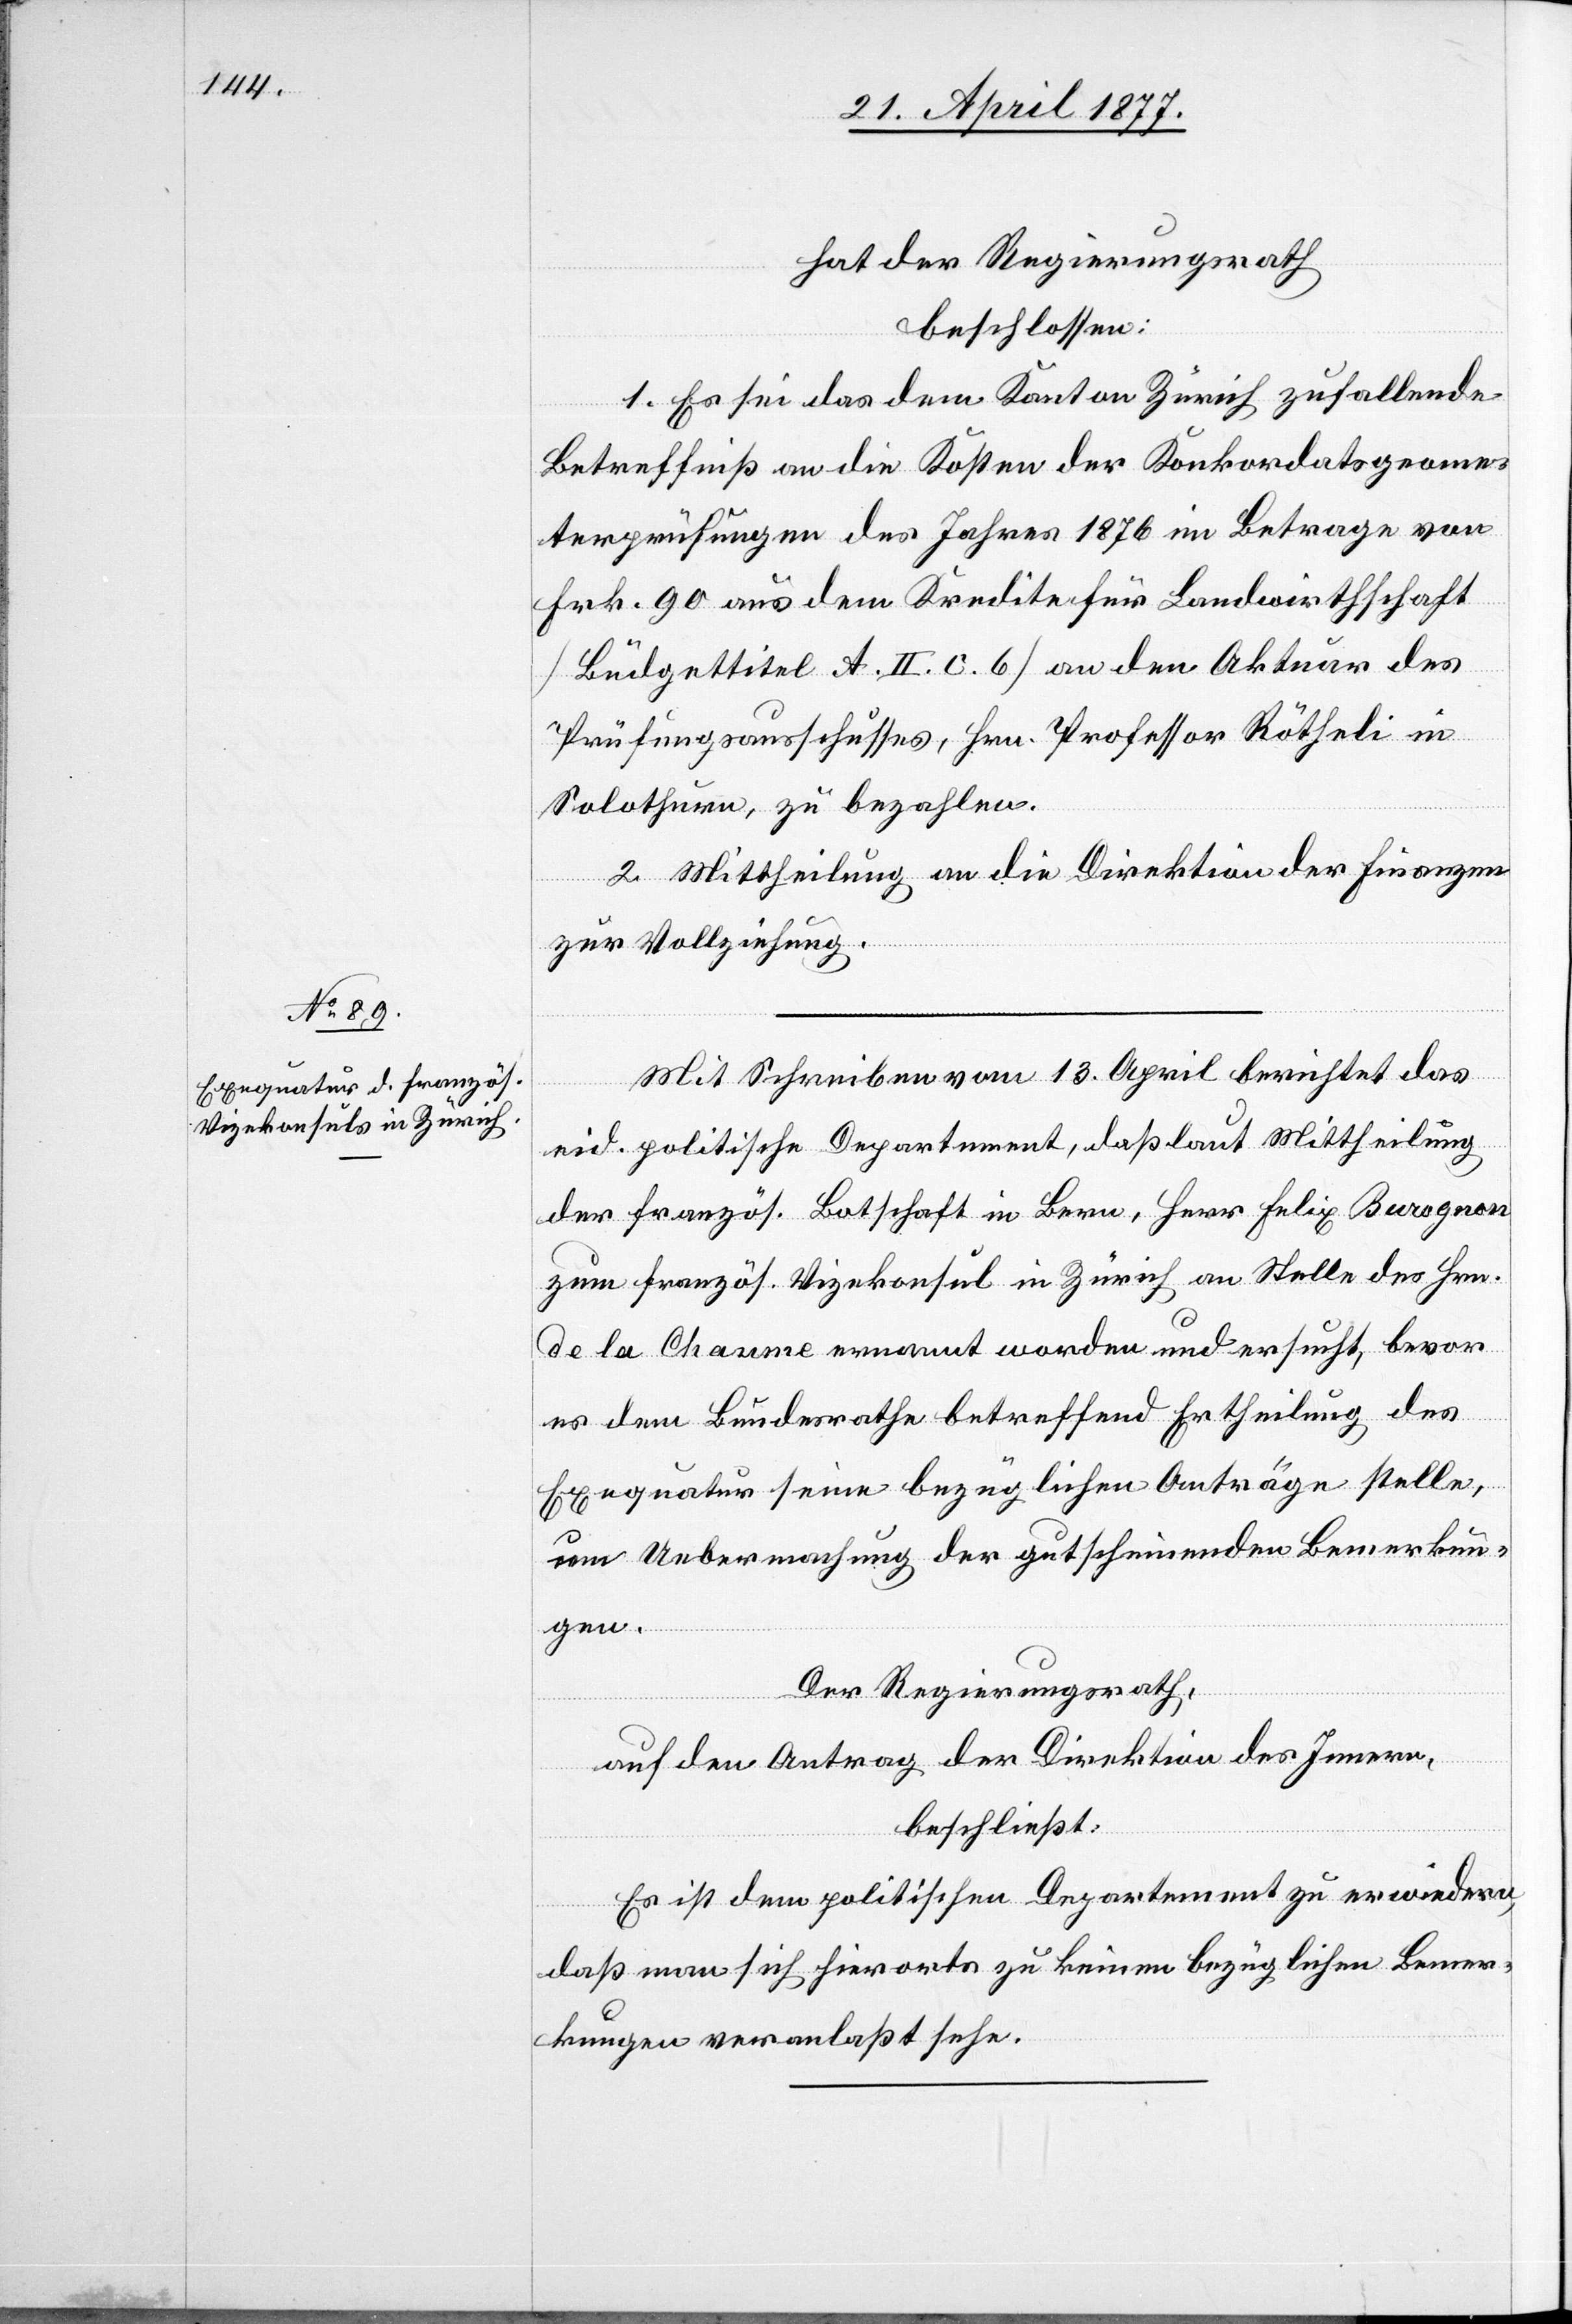
hat der Regierungsrath
beschlossen:
1. Es sei das dem Kanton Zürich zufallende
Betreffniß an die Kosten der Konkordatsgeome¬
terprüfungen des Jahres 1876 im Betrage von
Frk. 90 aus dem Kredite für Landwirthschaft
[Büdgettitel A. II. c. 6] an den Aktuar des
Prüfungsausschusses, Hrn. Professor Rötheli in
Solothurn, zu bezahlen.
2. Mittheilung an die Direktion der Finanzen
zur Vollziehung.
Mit Schreiben vom 13. April berichtet das
eid. politische Departement, daß laut Mittheilung
der französ. Botschaft in Bern, Herr Felix Burognon
zum französ. Vizekonsul in Zürich an Stelle des Hrn.
de la Chaume ernannt worden und ersucht, bevor
es dem Bundesrathe betreffend Ertheilung des
Exequatur seine bezüglichen Anträge stelle,
um Uebermachung der gutscheinenden Bemerkun¬
gen.
Der Regierungsrath,
auf den Antrag der Direktion des Innern,
beschließt:
Es ist dem politischen Departement zu erwiedern,
daß man sich hierorts zu keinen bezüglichen Bemer¬
kungen veranlaßt sehe.